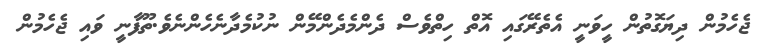
ޖެހެމުން ދިޔަގޮތުން ހީވަނީ އެތެރޭގައި އޮތް ހިތްވެސް ދެންމެދެންމޭން ނުކުމެދާނެހެންނެވެ.ތޫފާނީ ވައި ޖެހެމުން